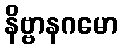
နိဗ္ဗာနဂမော